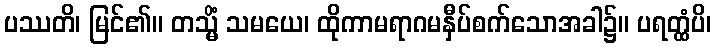
ပဿတိ၊ မြင်၏။ တသ္မိံ သမယေ၊ ထိုကာမရာဂမနှီပ်စက်သောအခါ၌။ ပရတ္ထံပိ၊